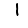
Digit: 1